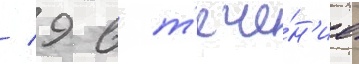
/ 9 в т'ече́н'ие